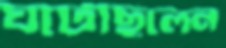
ঘটেছিলেন